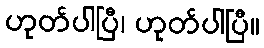
ဟုတ်ပါပြီ၊ ဟုတ်ပါပြီ။